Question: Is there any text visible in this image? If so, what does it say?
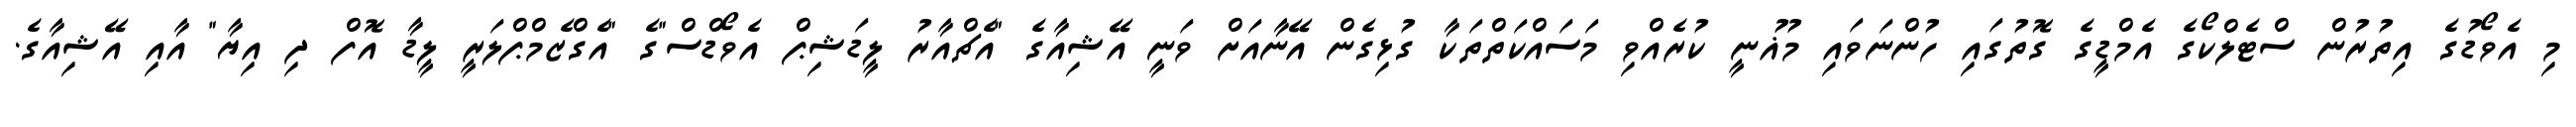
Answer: މި އެވޯޑުގެ އިތުރުން ސްޓެލްކޯގެ އެމްޑީގެ ގޮތުގައި ހުންނަވައި މުޣުނީ ކުރެއްވި މަސައްކަތްތަކާ ގުޅިގެން އޭނާއަށް ވަނީ އޭޝިއާގެ "އެޗްއާރު ލީޑަޝިޕް އެވޯޑްސް"ގެ "އެގްޒެމްޕްލަރީ ލީޑާ އޮފް ދި އިޔާ" އާއި އޭޝިއާގެ.